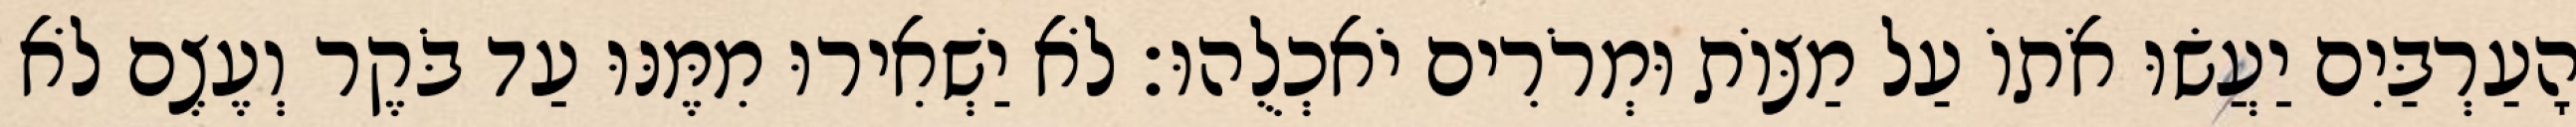
הָעַרְבַּיִם יַעֲשׂוּ אֹתוֹ עַל מַצּוֹת וּמְרֹרִים יֹאכְלֻהוּ׃ לֹא יַשְׁאִירוּ מִמֶּנּוּ עַד בֹּקֶר וְעֶצֶם לֹא